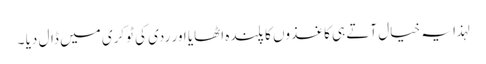
لہذا یہ خیال آتے ہی کاغذوں کا پلندہ اٹھایا اور ردی کی ٹوکری میں ڈال دیا ۔